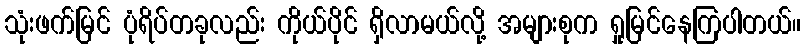
သုံးဖက်မြင် ပုံရိပ်တခုလည်း ကိုယ်ပိုင် ရှိလာမယ်လို့ အများစုက ရှုမြင်နေကြပါတယ်။